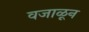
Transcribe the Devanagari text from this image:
वजाळून